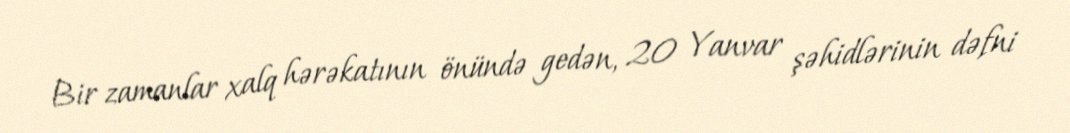
Bir zamanlar xalq hərəkatının önündə gedən, 20 Yanvar şəhidlərinin dəfni